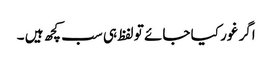
اگر غور کیا جائے تو لفظ ہی سب کچھ ہیں ۔